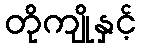
တိုကျိုနှင့်